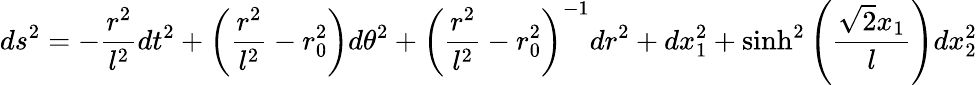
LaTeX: ds^{2}=-\frac{r^{2}}{l^{2}}dt^{2}+\left(\frac{r^{2}}{l^{2}}-r_{0}^{2}\right)d\theta^{2}+\left(\frac{r^{2}}{l^{2}}-r_{0}^{2}\right)^{-1}dr^{2}+dx_{1}^{2}+\sinh^{2}\left(\frac{\sqrt{2}x_{1}}{l}\right)dx_{2}^{2}